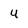
Character: u